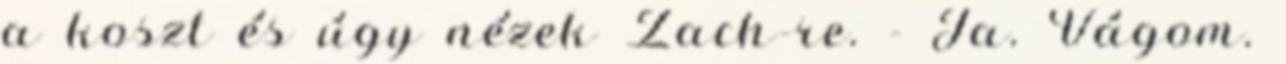
a koszt és úgy nézek Zach-re. - Ja. Vágom.